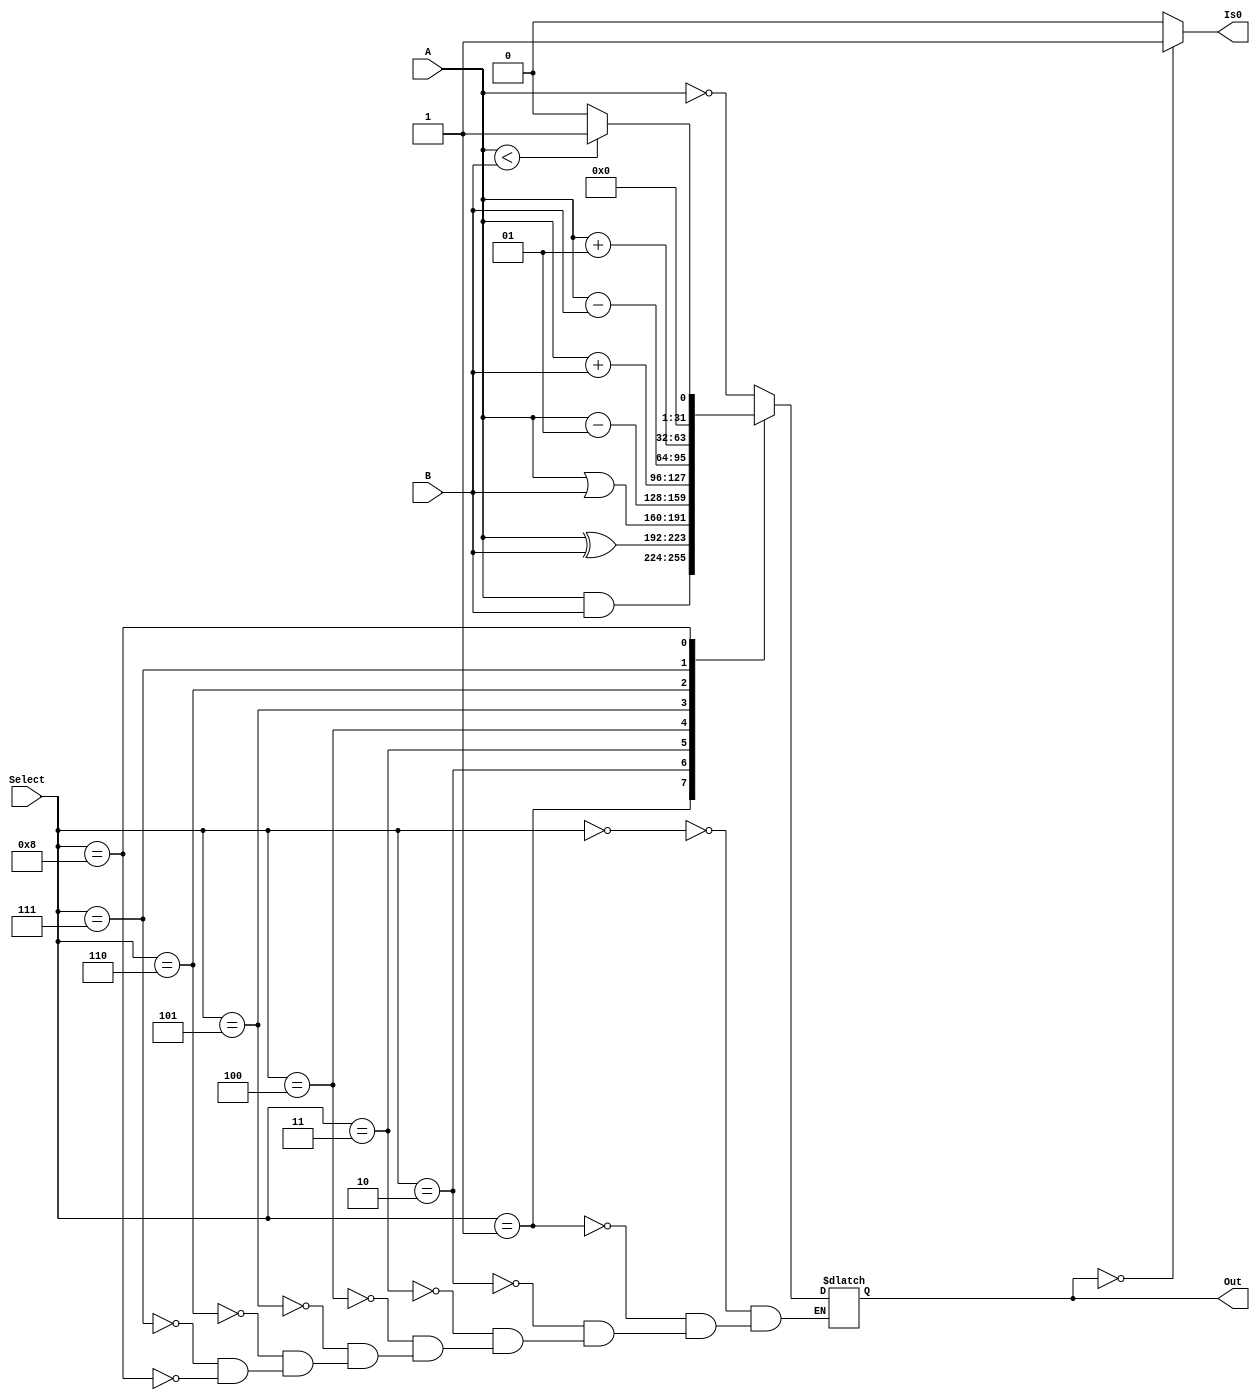
module ALU (A , B, Select, Out, Is0);
	input signed [31:0] A;              
   input signed [31:0] B;
	input [3:0] Select;
	output reg signed  [31:0] Out;
	output Is0;	
parameter NOT_A = 3'b000;
parameter A_AND_B = 3'b001;
parameter A_XOR_B = 3'b010;
parameter A_OR_B = 3'b011;
parameter DEC_A = 3'b100;
parameter A_ADD_B = 3'b101;
parameter A_SUB_B = 3'b110;
parameter INC_A = 3'b111;
parameter SLT = 4'b1000;
always @(*) 
	begin
		case(Select) 
				NOT_A: 
						Out = ~A;
				A_AND_B: 
						Out = A & B;
				A_XOR_B: 
						Out = A ^ B;
				A_OR_B:  
						Out = A | B;
				DEC_A:
						begin
							Out = A - 1;
						end
				A_ADD_B: 
						begin
							Out = A + B;
						end
						
				A_SUB_B:
						begin
							Out = A - B;
						end
				INC_A:
						begin
							Out = A + 1;
						end
				SLT:
						begin
							if (A < B) Out = 1'b1;
							else Out = 32'b0;
						end
		endcase
	end
assign Is0 = (Out==32'b0) ? 1'b1: 1'b0;
endmodule